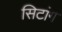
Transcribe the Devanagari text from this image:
सिटांग